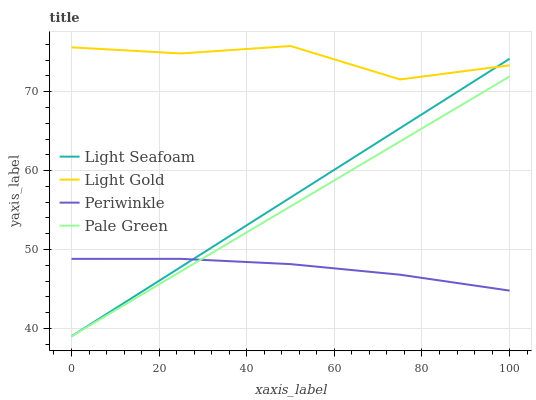
| xaxis_label | Light Seafoam | Light Gold | Periwinkle | Pale Green |
 | --- | --- | --- | --- | --- |
 | 0 | 39 | 75.6 | 48.8 | 39 |
 | 25 | 47.8 | 74.8 | 48.8 | 47.2 |
 | 50 | 56.6 | 75.8 | 48.1 | 55.5 |
 | 75 | 65.4 | 71.6 | 46.8 | 63.7 |
 | 100 | 74.2 | 73.3 | 44.8 | 71.9 |